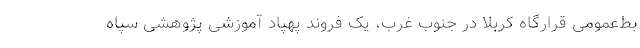
بط‌عمومی قرارگاه کربلا در جنوب غرب، یک فروند پهپاد آموزشی پژوهشی سپاه